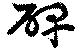
碑